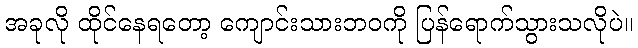
အခုလို ထိုင်နေရတော့ ကျောင်းသားဘဝကို ပြန်ရောက်သွားသလိုပဲ။